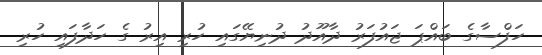
ހަފްސާގެ ބައްޕަ ޖައުފަރު ދާއޫދު ދުނިޔޭގައި ހުރި އިރު ގެ ހަދާފައި ހުރި